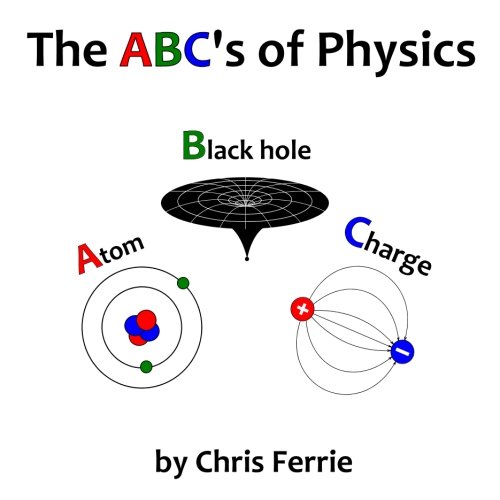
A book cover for The ABC's of Physics; Chris Ferrie; Children's Books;